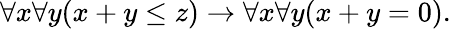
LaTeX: \forall x\forall y(x+y\leq z)\to\forall x\forall y(x+y=0).